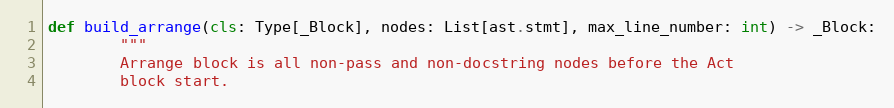
Language: Python
def build_arrange(cls: Type[_Block], nodes: List[ast.stmt], max_line_number: int) -> _Block:
        """
        Arrange block is all non-pass and non-docstring nodes before the Act
        block start.